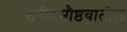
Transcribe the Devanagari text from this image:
शरीरसौष्ठवातील